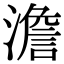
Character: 澹